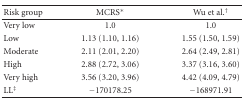
| Risk group | MCRS* | Wu et al.† |
 | --- | --- | --- |
 | Very low | 1.0 | 1.0 |
 | Low | 1.13 (1.10, 1.16) | 1.55 (1.50, 1.59) |
 | Moderate | 2.11 (2.01, 2.20) | 2.64 (2.49, 2.81) |
 | High | 2.88 (2.72, 3.06) | 3.37 (3.16, 3.60) |
 | Very high | 3.56 (3.20, 3.96) | 4.42 (4.09, 4.79) |
 | LL‡ | −170178.25 | −168971.91 |